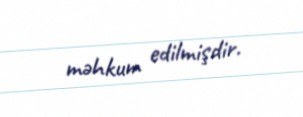
məhkum edilmişdir.